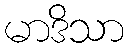
မာဒိသာ